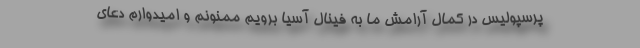
پرسپولیس در کمال آرامش ما به فینال آسیا برویم ممنونم و امیدوارم دعای